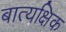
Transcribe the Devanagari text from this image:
बात्यक्षिक